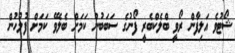
ޝޯޓުވެ އަލިފާން ރޯވީ ބްލެކްބެރީ ފޯނުގެ ސަބަބުން ކަމަށް ބެލެވޭ ކަމަށް ފުލުހުން